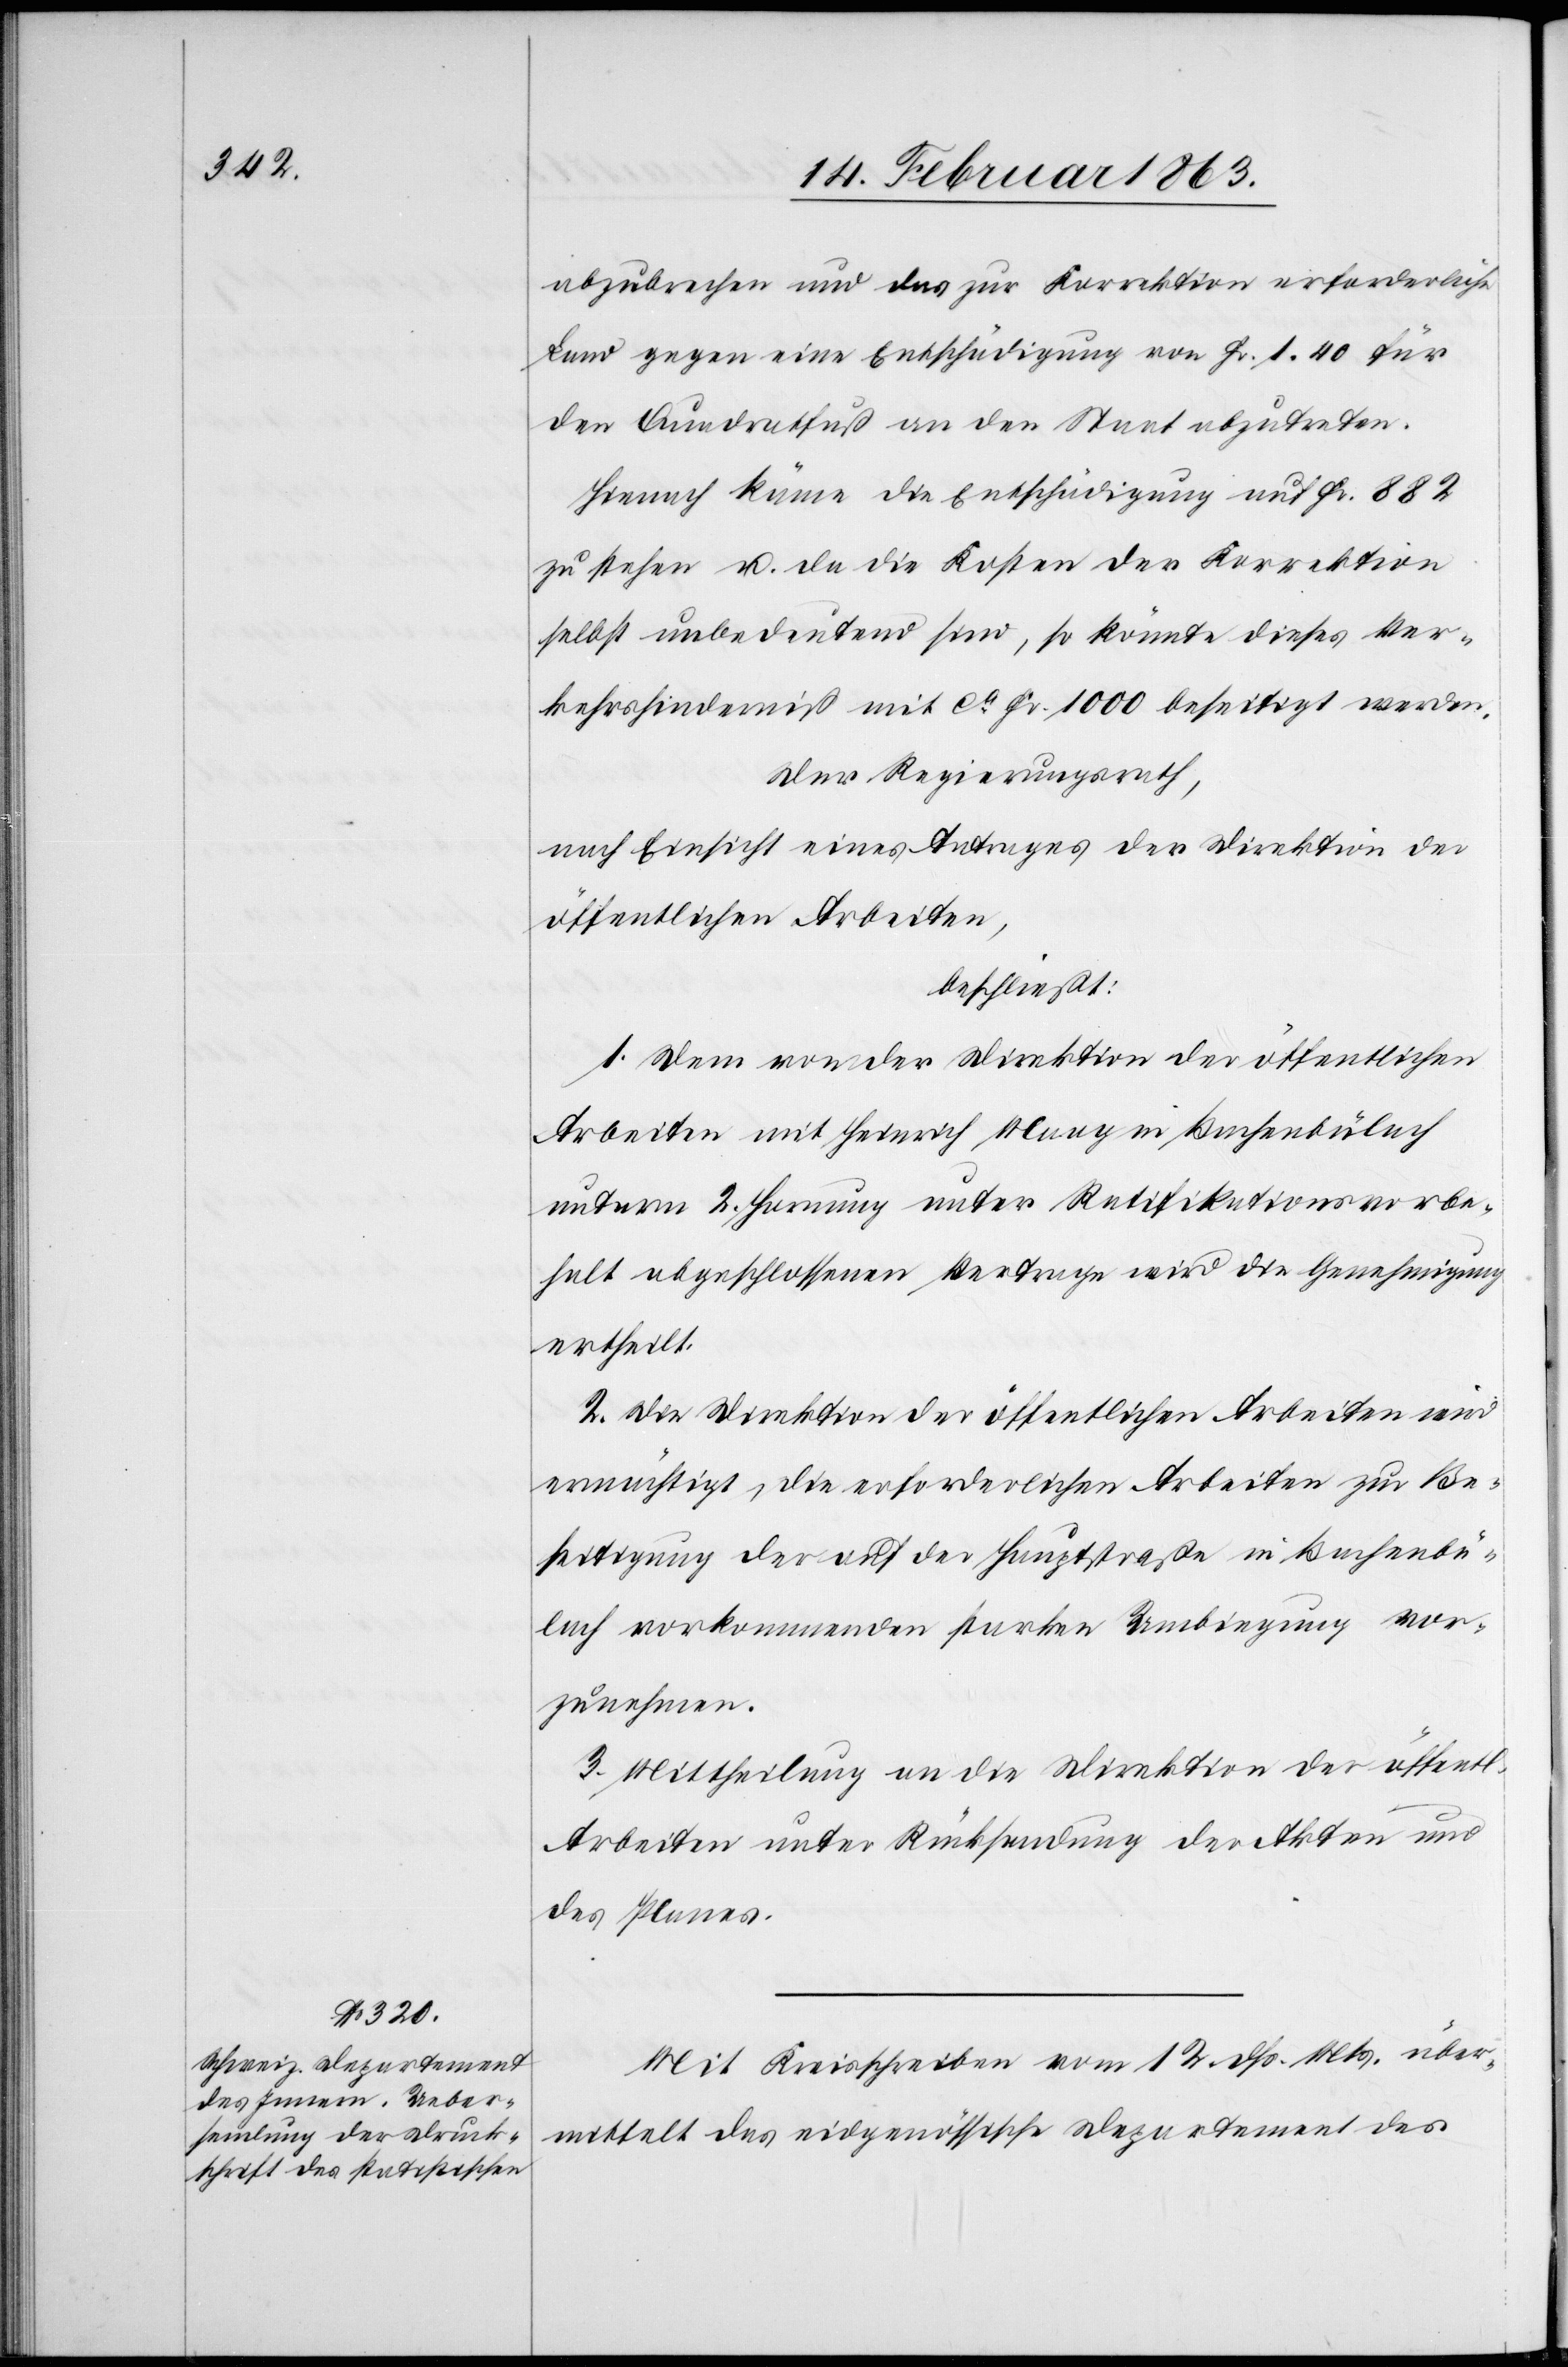
abzubrechen und das zur Korrektion erforderliche
Land gegen eine Entschädigung von Fr. 1. 40 für
den Quadratfuß an den Staat abzutreten.
Hienach käme die Entschädigung auf Fr. 882
zu stehen u. da die Kosten der Korrektion
selbst unbedeutend sind, so könnte dieses Ver¬
kehrshinderniß mit ca Fr. 1000 beseitigt werden.
Der Regierungsrath,
nach Einsicht eines Antrages der Direktion der
öffentlichen Arbeiten,
beschließt:
1. Dem von der Direktion der öffentlichen
Arbeiten mit Heinrich Maag in Bachenbülach
unterm 2. Hornung unter Ratifikationsvorbe¬
halt abgeschlossenen Vertrage wird die Genehmigung
ertheilt.
2. Die Direktion der öffentlichen Arbeiten wird
ermächtigt, die erforderlichen Arbeiten zur Be¬
seitigung der auf der Hauptstraße in Bachenbü¬
lach vorkommenden starken Umbiegung vor¬
zunehmen.
3. Mittheilung an die Direktion der öffentl.
Arbeiten unter Rücksendung der Akten und
des Planes.
Mit Kreisschreiben vom 12. dß. Mts. über¬
mittelt das eidgenössische Departement des